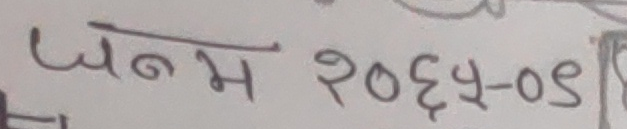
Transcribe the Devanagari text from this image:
जन्म २०६५-०९